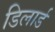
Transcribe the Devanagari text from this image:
डिलार्ड